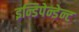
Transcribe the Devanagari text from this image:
इन्डिपेन्डेन्ट